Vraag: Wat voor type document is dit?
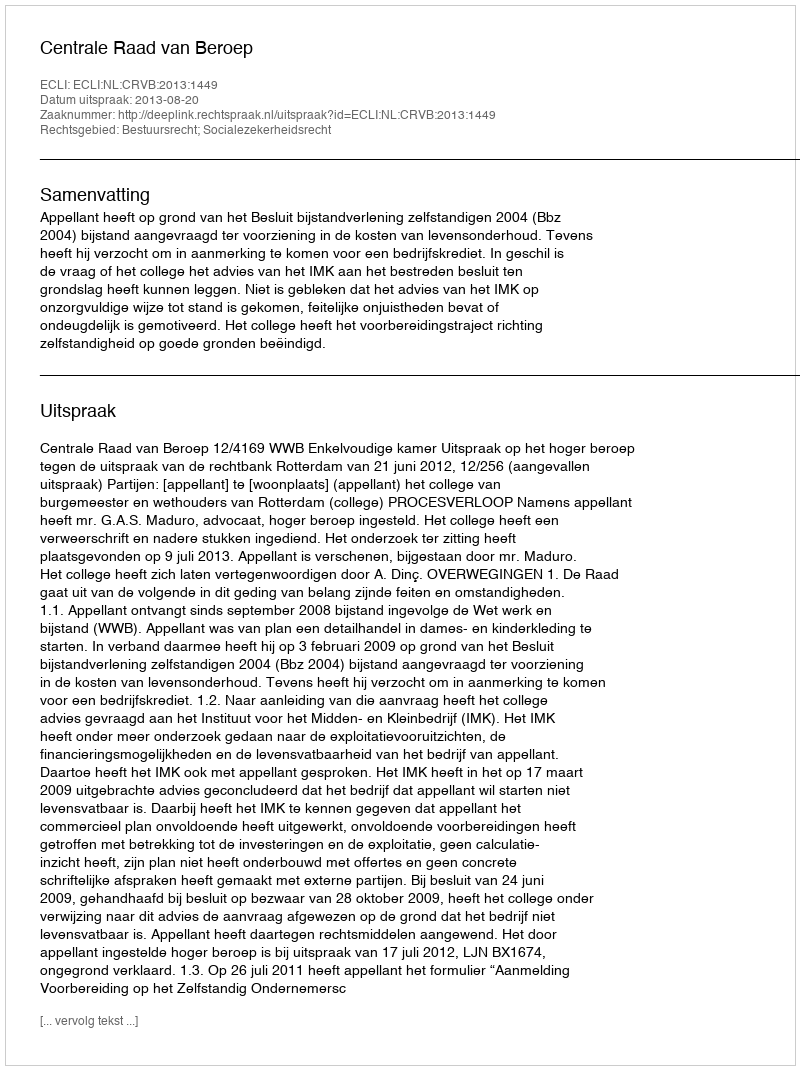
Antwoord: Uitspraak